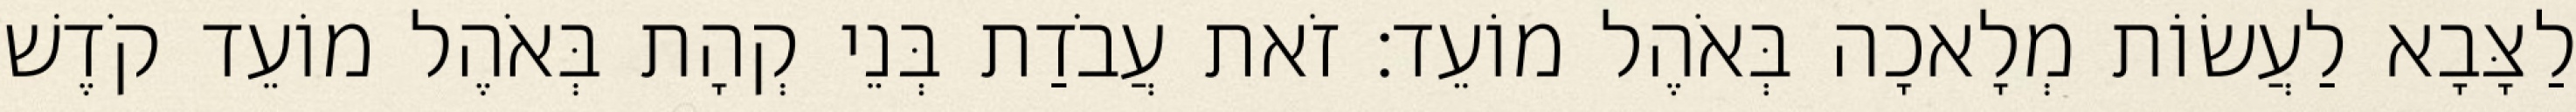
לַצָּבָא לַעֲשׂוֹת מְלָאכָה בְּאֹהֶל מוֹעֵד׃ זֹאת עֲבֹדַת בְּנֵי קְהָת בְּאֹהֶל מוֹעֵד קֹדֶשׁ